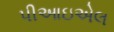
પીઆઇએલ